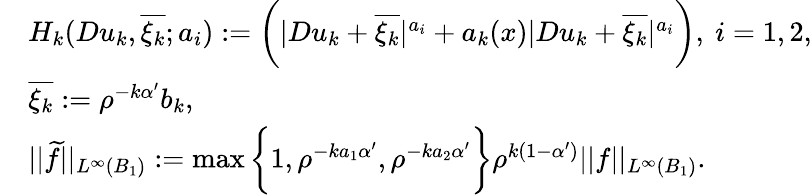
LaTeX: \begin{array}{rl}&{H_{k}(Du_{k},\overline{{\xi_{k}}};a_{i}):=\bigg(|Du_{k}+\overline{{\xi_{k}}}|^{a_{i}}+a_{k}(x)|Du_{k}+\overline{{\xi_{k}}}|^{a_{i}}\bigg),\ i=1,2,}\\ &{\overline{{\xi_{k}}}:=\rho^{-k\alpha^{\prime}}b_{k},}\\ &{||\widetilde{f}||_{L^{\infty}(B_{1})}:=\operatorname*{max}\bigg\{ 1,\rho^{-ka_{1}\alpha^{\prime}},\rho^{-ka_{2}\alpha^{\prime}}\bigg\} \rho^{k(1-\alpha^{\prime})}||f||_{L^{\infty}(B_{1})}.}\end{array}